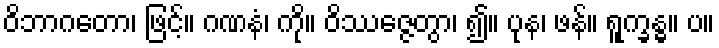
ဝိဘာဂတော၊ ဖြင့်။ ဂဏနံ၊ ကို။ ဝိဿဇ္ဇေတွာ၊ ၍။ ပုန၊ ဖန်။ ရူက္ခန္ဓ။ ပ။